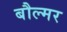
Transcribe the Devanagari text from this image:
बौल्मर